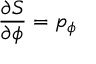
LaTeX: { \frac { \partial S } { \partial \phi } } = p _ { \phi }